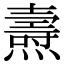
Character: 燾